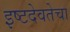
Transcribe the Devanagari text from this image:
इष्टदेवतेचा